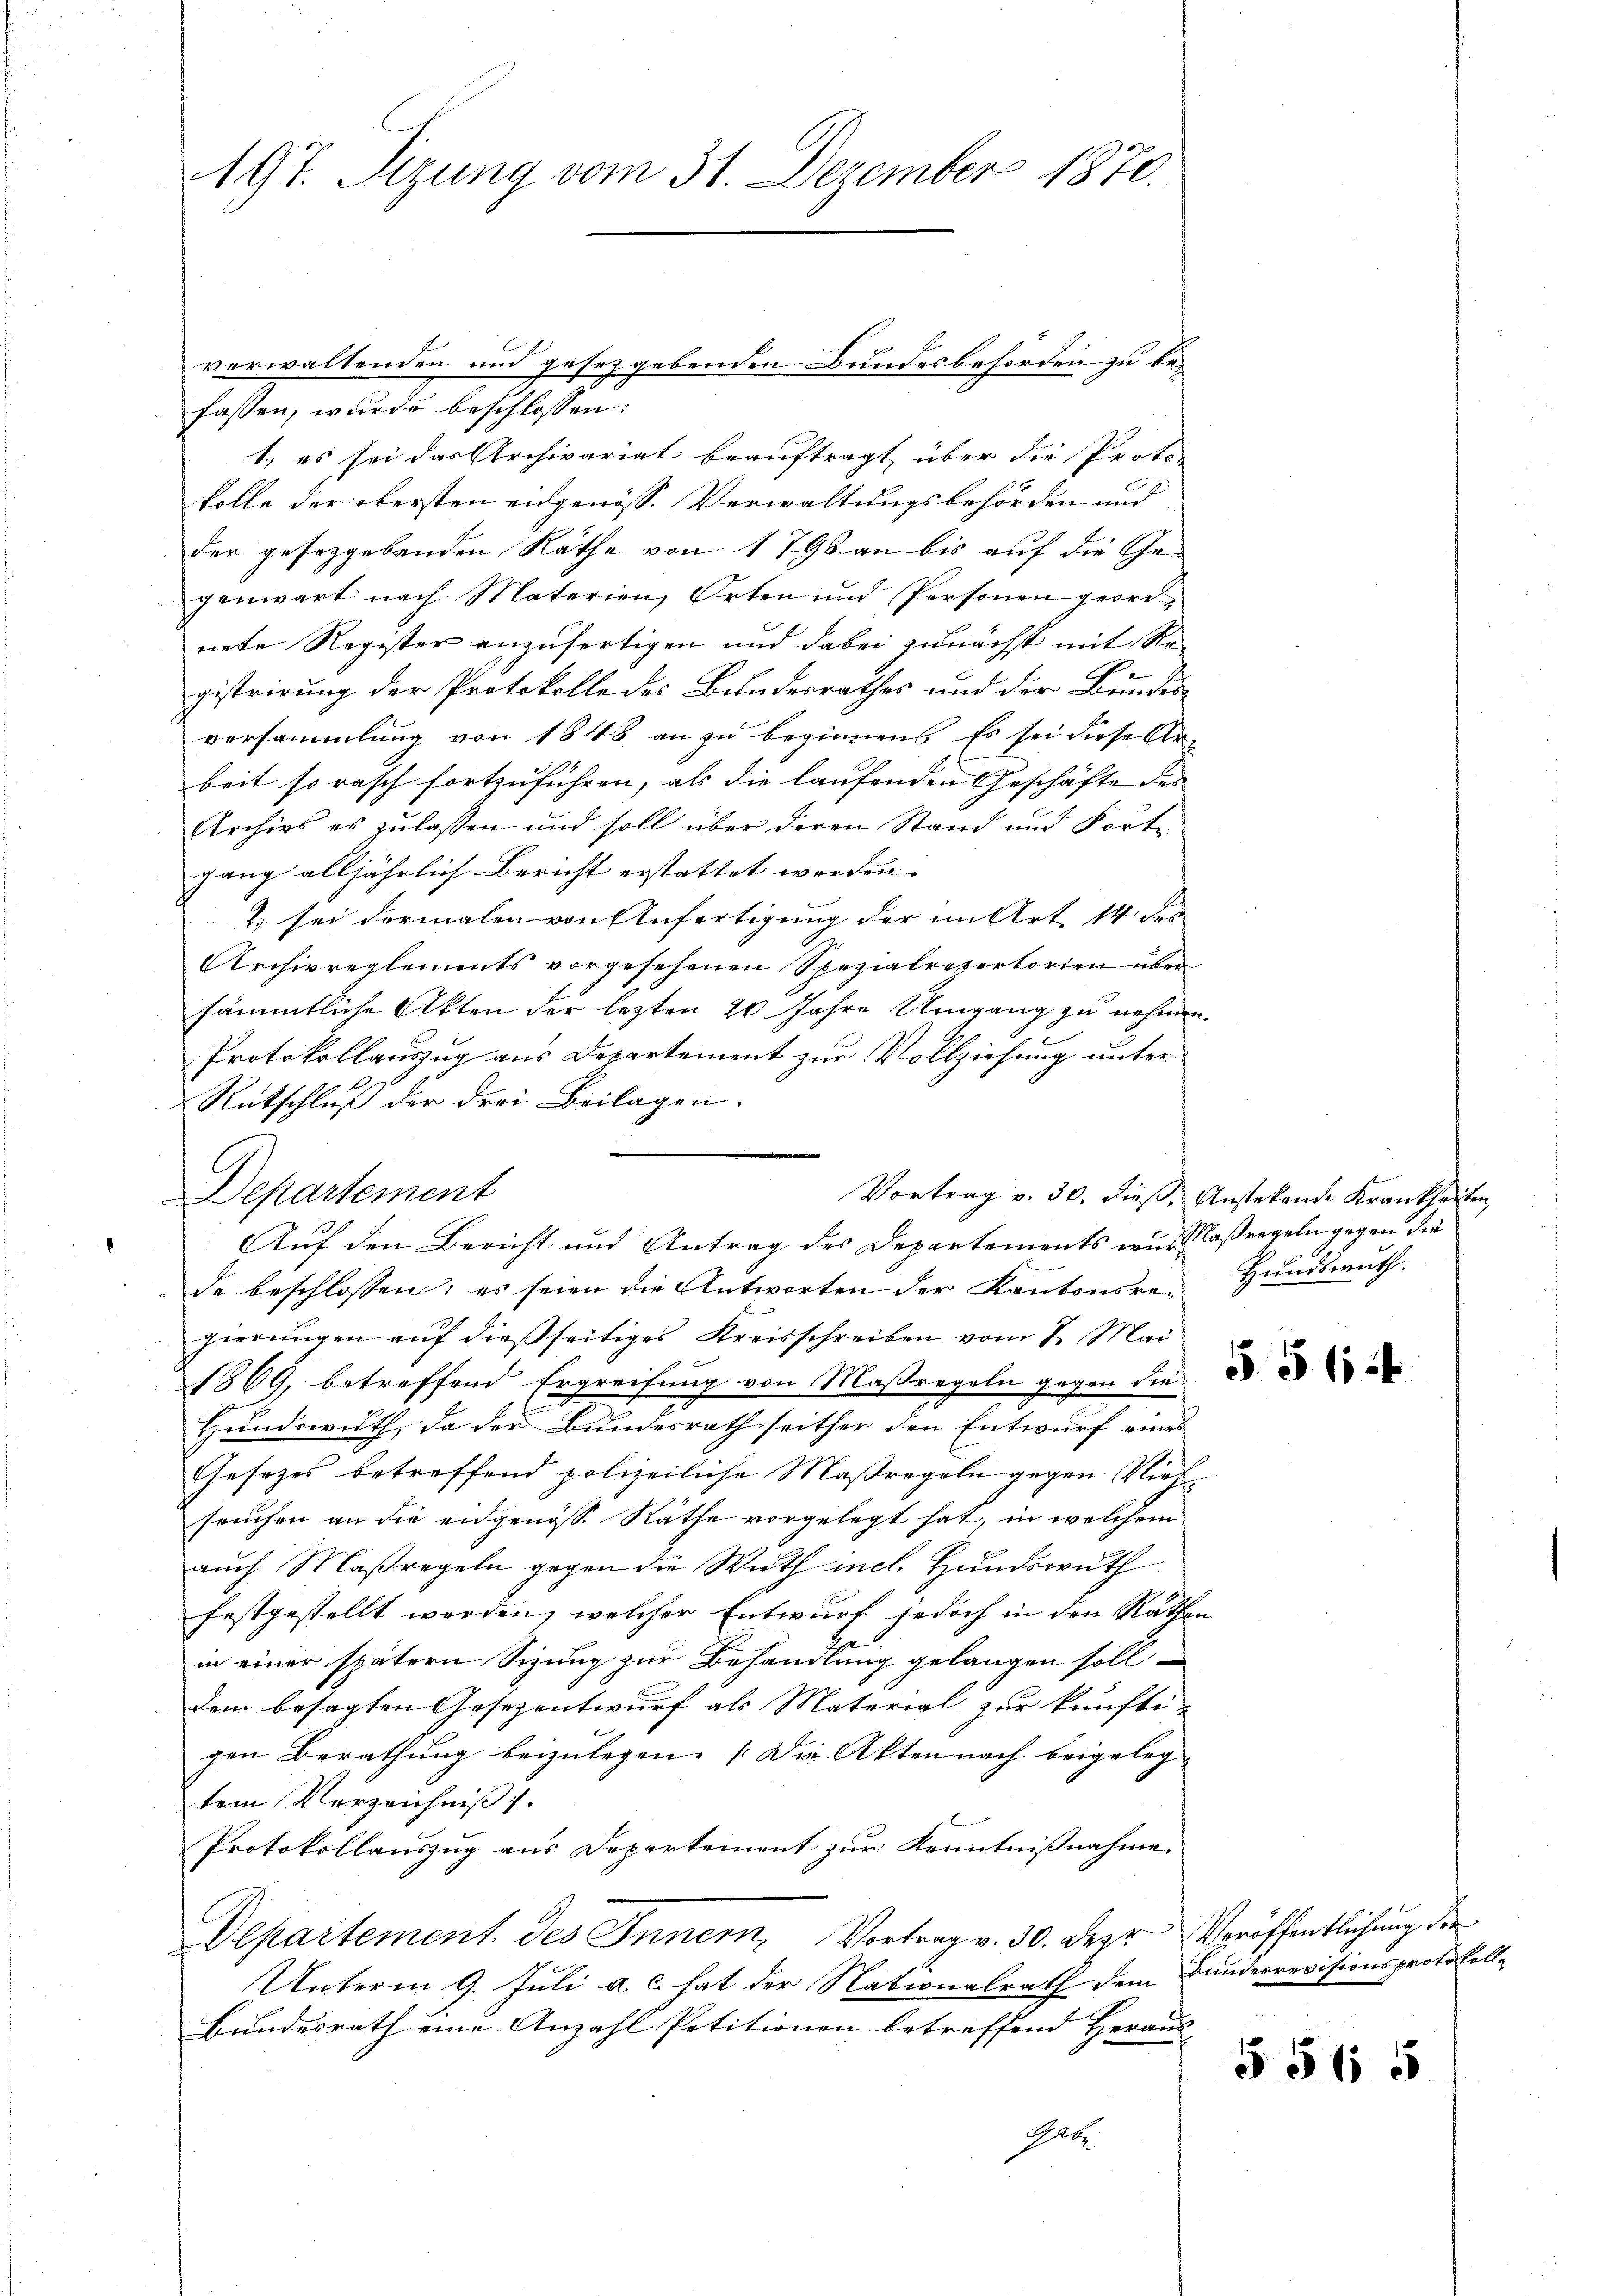
197. Sizung vom 31. Dezember 1870.

verwaltenden und gesetzgebenden Bundesbehörden zu befassen, wurde beschlossen:
1., es sei das Archivariat beauftragt über die Proto-
kolle der obersten eidgenöss. Verwaltungsbehörden und
der gesetzgebenden Räthe von 1798 an bis auf die Gegenwart nach Materien, Orten und Personen geordnete Register anzufertigen und dabei zunächst mit Re-
gistrirung der Protokolle des Bundesrathes und der Bundesversammlung von 1848 an zu beginnens. Es sei diese Arbeit so rasch fortzuführen, als die laufenden Geschäfte des
Archivs es zulassen und soll über deren Stand und Fort-
gang alljährlich Bericht erstattet werden. |
1. sei dermalen von Anfertigung der im Art 14 des
Archivreglements vorgesehenen Spezialretertorien über
sämmtliche Akten der lezten 20 Jahre Umgang zu nehmen.
Protokollauszug aus Departement zur Vollziehung unter
Rütschluß der drei Beilagen.
Departement
de beschlossen; es seien die Antworten der Kantonsre Hundswuth.
gierungen auf dießseitiges Kreisschreiben vom 7. Mai
1869, betreffend Ergreifung von Massregeln gegen die
Hundswuth, da der Bundesrath seither den Entwurf eines
Gesetzes betreffend polizeiliche Maßregeln gegen Viehseuchen an die eidgenöss. Räthe vorgelegt hat, in welchem
auch Maßregeln gegen die Wirth incl. Hundswuth
festgestellt werden, welcher Entwurf jedoch in den Räthen
in einer spätern Sizung zur Behandlung gelangen soll
dem besagten Gesezentwurf als Material zur künfti-
gen Berathung beizulegen. (Die Akten nach beigeleg
tem Verzeichnis d.
Protokollauszug aus Departement zur Kenntnißnahme
Departement des Innern, Vortrag v. 30. Der Veröffentlichung der
Unterm 9. Juli a. c. hat der Nationalrath dem Bundesrevisionsprotokoll-
Bundesrath eine Anzahl Petitionen betreffend Heraus-
Grete

Auf den Bericht und Antrag des Departements wird laßregeln gegen die

Vortrag v. 30. dieß, Anstekende Krankheiten,

556 f

§ 565